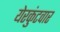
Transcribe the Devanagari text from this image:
येरकुंटवार